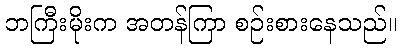
ဘကြီးမိုးက အတန်ကြာ စဉ်းစားနေသည်။